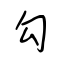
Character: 勾